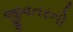
જીવતરનો